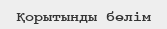
Қорытынды бөлім